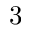
\small 3